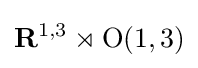
\mathbf {R} ^{1,3}\rtimes \operatorname {O} (1,3)